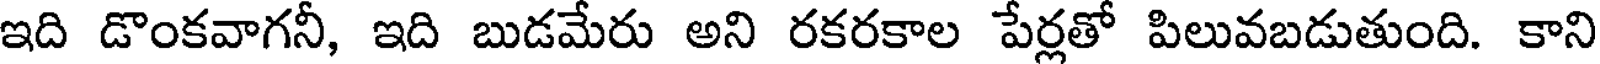
ఇది డొంకవాగనీ, ఇది బుడమేరు అని రకరకాల పేర్లతో పిలువబడుతుంది. కాని